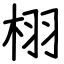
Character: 栩